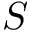
S